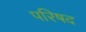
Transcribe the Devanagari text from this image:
परिषद